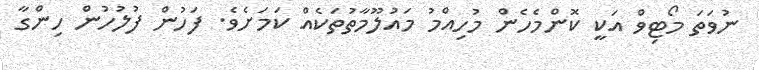
ނުވަތަ މޯޓިވް އަކީ ކޮންމެހެން މުހިއްމު މައުލޫމާތުތަކެއް ކަމަށެވެ. ފަހުން ފުލުހުން ހިންގާ